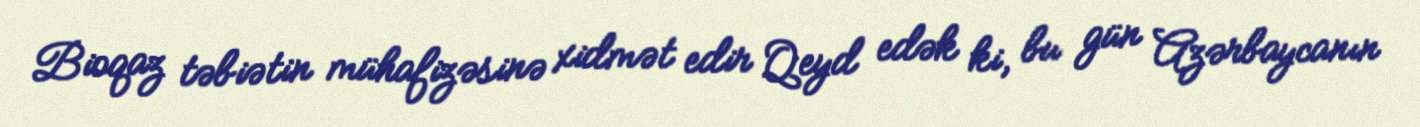
Bioqaz təbiətin mühafizəsinə xidmət edir Qeyd edək ki, bu gün Azərbaycanın